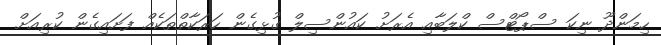
ހިމަންދޫ ނިކަ ސްޕޯޓްސް ކްލަބާއި އެރަށު ކައުންސިލް ގުޅިގެން ހަރަކާތްތަކެއް ފަށައިގެން ކުރިއަށް